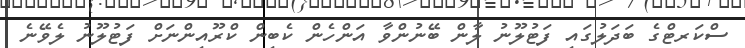
ސްކަރޓްގެ ބަދަލުގައި ފަޓުލޫނު ލާން ބޭނުންވާ އަންހެން ކެބިން ކްރޫއިންނަށް ފަޓުލޫނު ލެވޭނެ